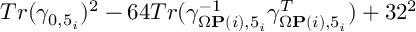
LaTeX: T r ( \gamma _ { 0 , 5 _ { i } } ) ^ { 2 } - 6 4 T r ( \gamma _ { \Omega { \bf P } ( i ) , 5 _ { i } } ^ { - 1 } \gamma _ { \Omega { \bf P } ( i ) , 5 _ { i } } ^ { T } ) + 3 2 ^ { 2 }